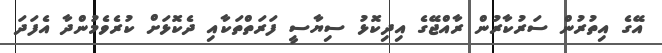
އޭގެ އިތުރުން ސަރުކާރުން ރާއްޖޭގެ އިދިކޮޅު ސިޔާސީ ފަރަތްތަކާއި ދެކޮޅަށް ކުރެވެމުންދާ އެފަދަ